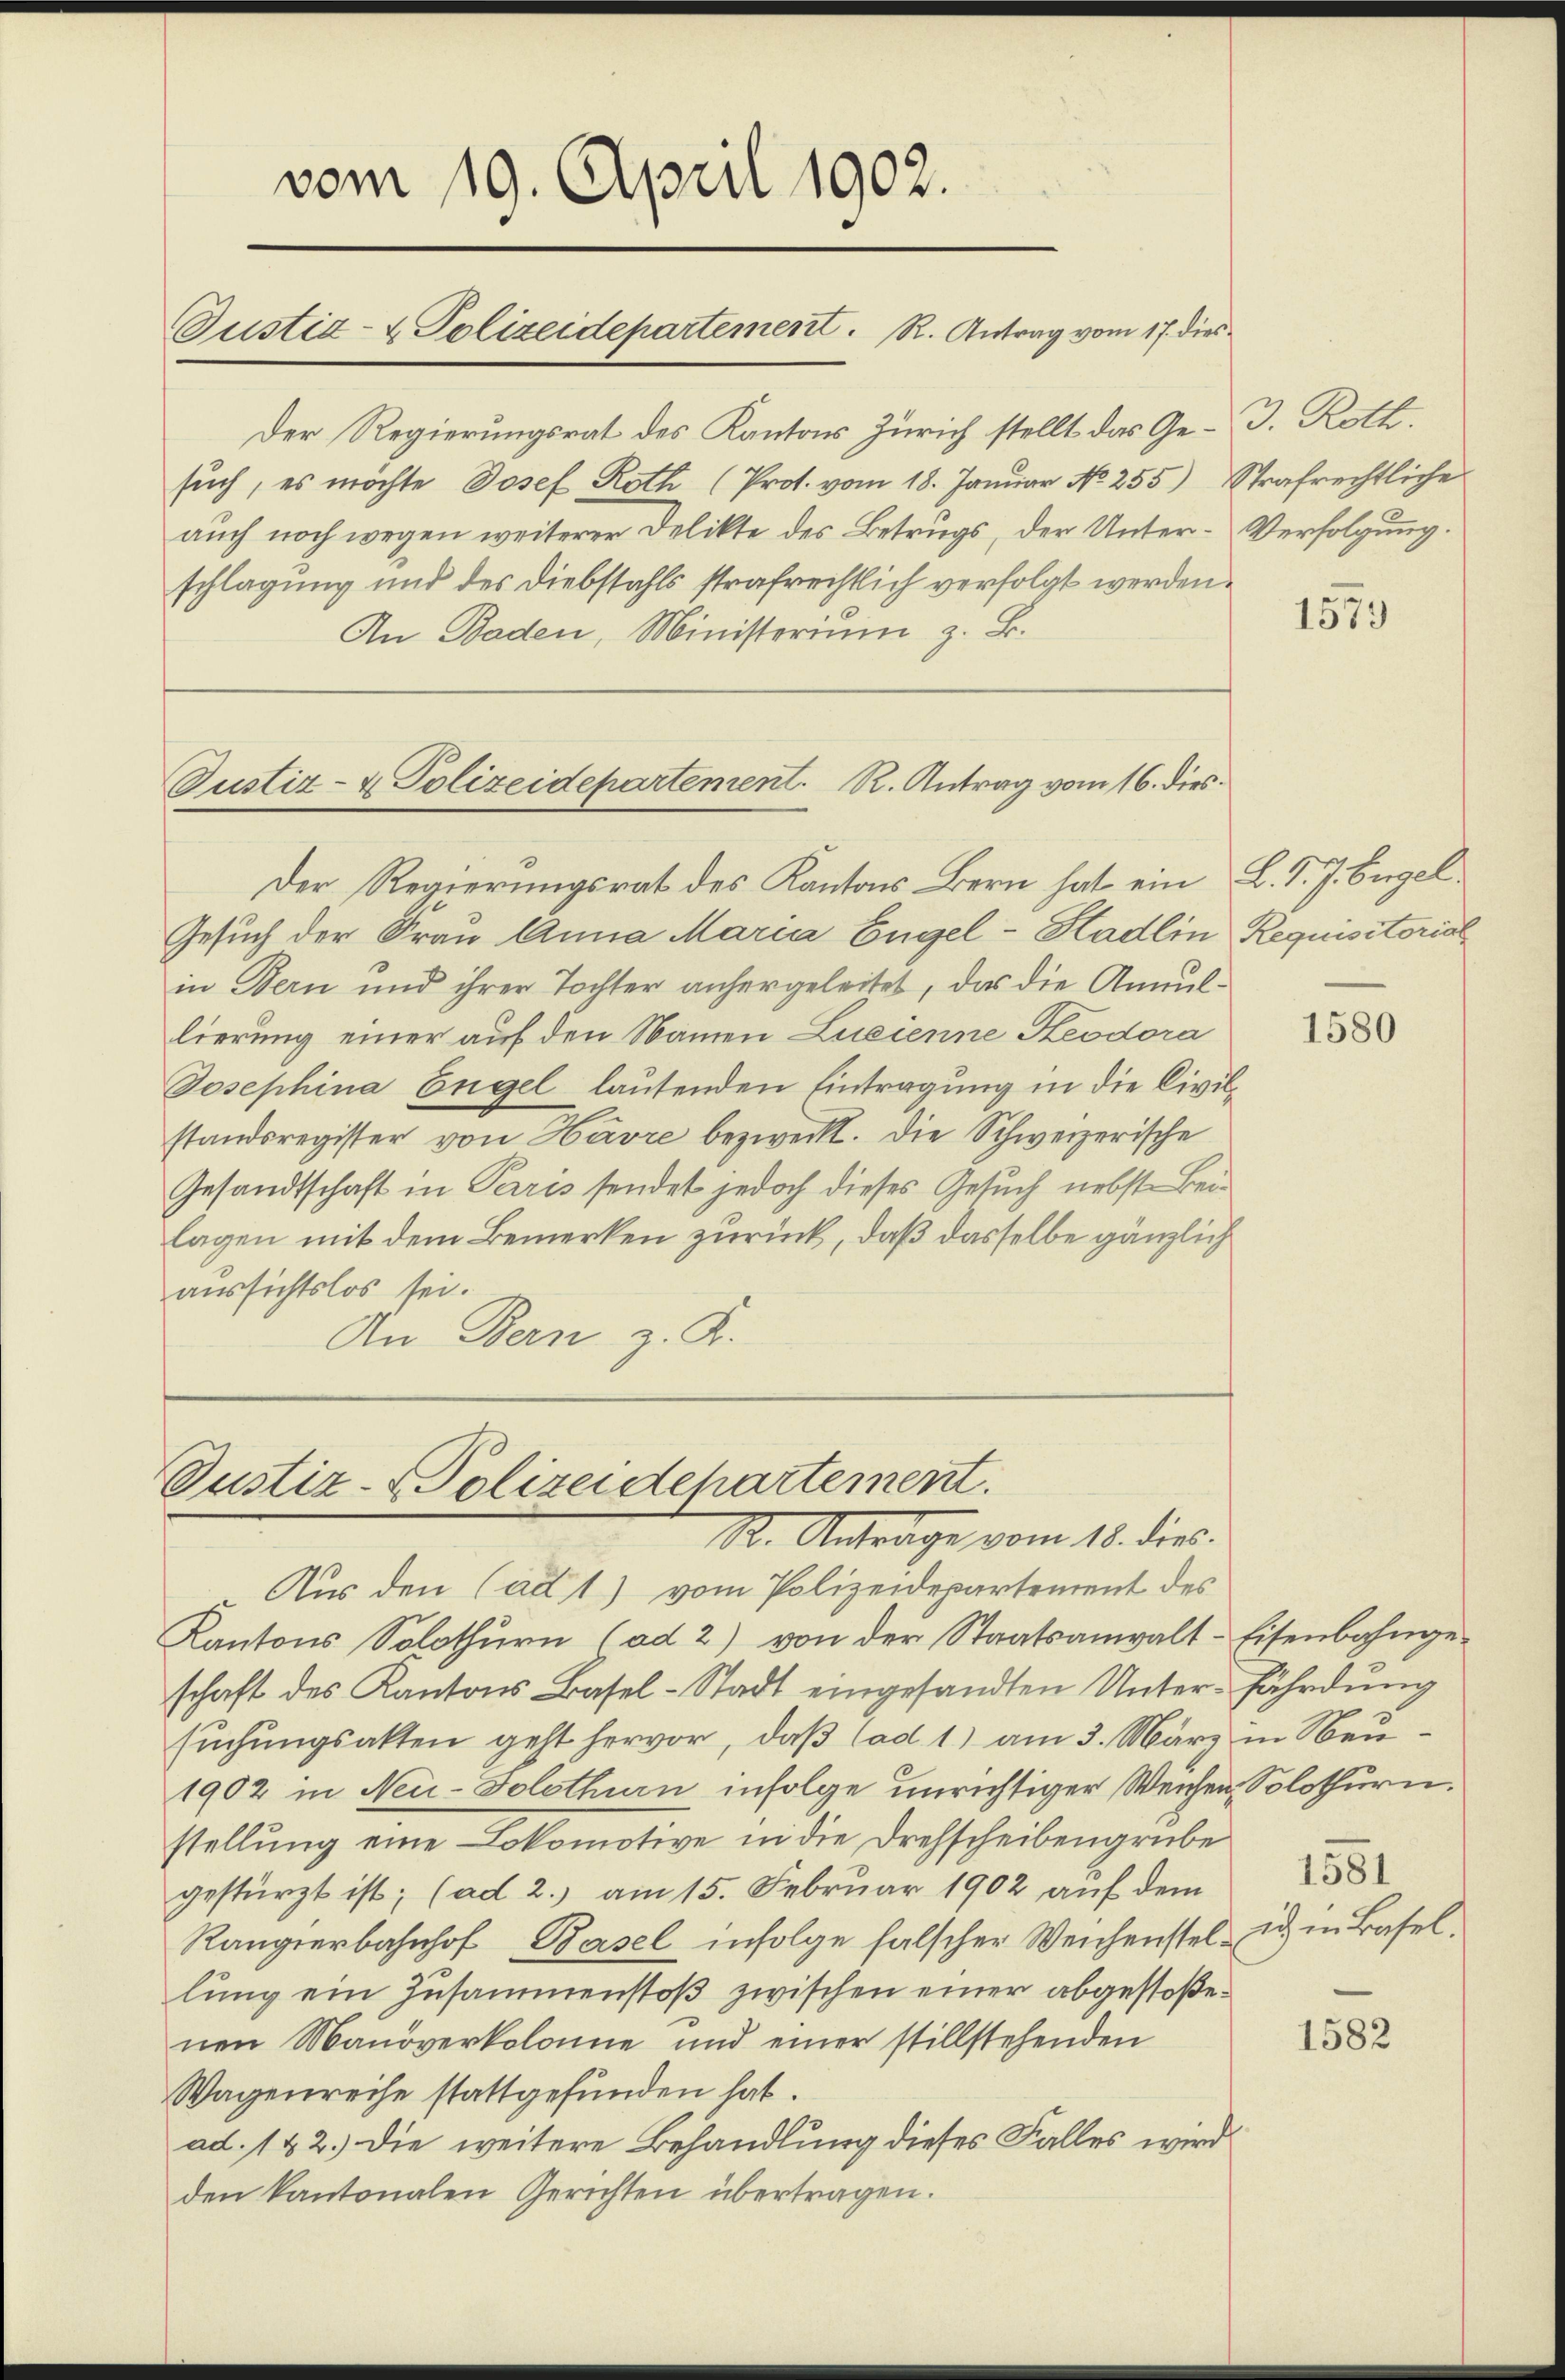
vom 19. April 1902.
Justiz- & Polizeidepartement. R. Antrag vom 17. dies

Der Regierungsrat des Kantons Zürich stellt das Ge-J. Roth.
sŭch, es möchte Josef Roth (Prot. vom 18. Januar No 255) Strafrechtliche
auch noch wegen weiterer Delikte des Betrugs, der Unter-Verfolgung.
schlagung und des Diebstahls strafrechtlich verfolgt werden.
An Baden, Ministerium z. B.

Der Regierungsrat des Kantons Bern hat ein L. J. J. Engel
Gesuch der Frau Anna Maria Engel-Hadlin Requisitorial
in Bern und ihrer Tochter anhergeleitet, das die Annullierung einer auf den Namen Lueienne Keodora
Josephina Engel lautenden Eintragung in die Civilstandsregister von Havre bezweckt. Die Schweizerische
Gesandtschaft in Paris sendet jedoch dieses Gesuch nebst Beilagen mit dem Bemerken zurück, daß dasselbe gänzlich
aussichtslos sei.
An Bern z. K.

Justiz- & Polizeidepartement. R. Antrag vom 16. dies.

Justiz-Polizeidepartement.
1. Antrage vom 18. dies

Aus den (ad 1) vom Polizeidepartement des
Kantons Solothurn (ad 2) von der Staatsanwalt-Eisenbahnge-
schaft des Kantons Basel-Stadt eingesandten Unter-Fährdung
suchungsakten geht hervor, daß (ad 1) am 3. März in Neu¬
1902 in Neu-Solothurn infolge unrichtiger Weichen, Solothurn.
stellung eine Lokomotive in die Drehscheibengrube
gestürzt ist; (ad 2. am 15. Februar 1902 aŭf dem 15
Rangierbahnhof, Basel infolge falscher Weichenstellŭng ein Zusammenstoß zwischen einer abgestoßenen Manöverkolome und einer stillstehenden
Wagenreihe stattgefunden hat.
ad. 142.) Die weitere Behandlung dieses Falles wird
den kantonalen Gerichten übertragen.

1573

1580

ich in Basel.

1582